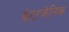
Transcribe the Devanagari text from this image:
इंटरजेनिक